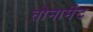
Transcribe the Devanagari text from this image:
तौनामेंट